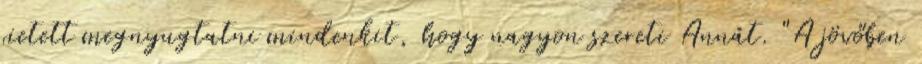
sietett megnyugtatni mindenkit, hogy nagyon szereti Annát. "A jövőben